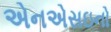
એનએસઇનો